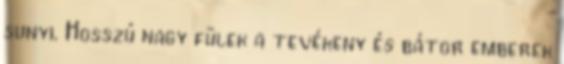
sunyi. Hosszú nagy fülek a tevékeny és bátor emberek